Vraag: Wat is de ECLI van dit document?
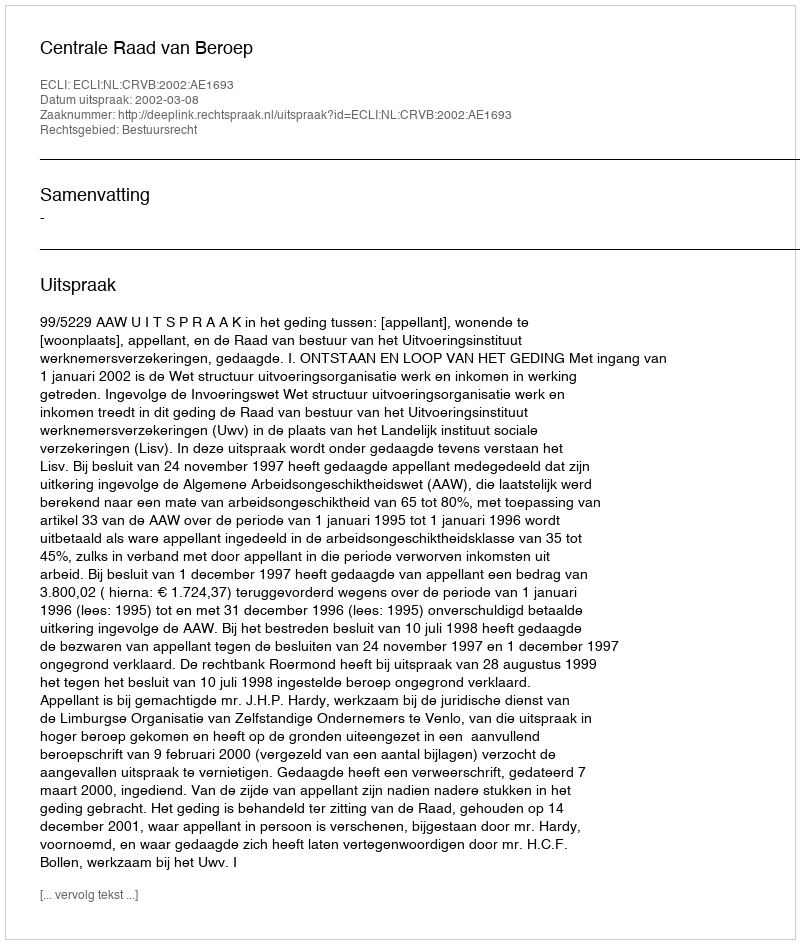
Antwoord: ECLI:NL:CRVB:2002:AE1693